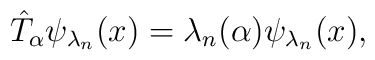
\hat{T}_\alpha\psi_{\lambda_n}(x)=\lambda_n(\alpha)\psi_{\lambda_n}(x),